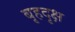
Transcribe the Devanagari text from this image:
बृहदृक्ष